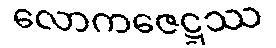
လောကဇေဋ္ဌဿ